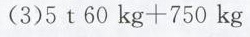
(3)$$5 t 6 0 k g + 7 5 0 k g$$